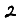
Digit: 2